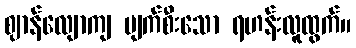
ဈာန်လျောကျ ပျက်စီးသော ရဟန်းလူထွက်။